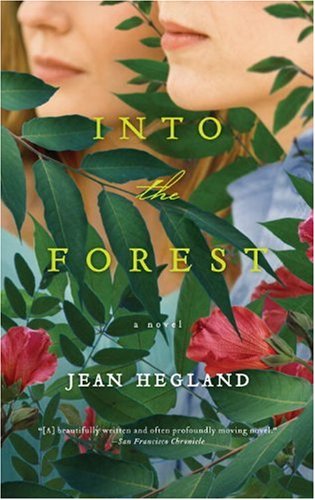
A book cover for Into the Forest: A Novel; Jean Hegland; Science Fiction & Fantasy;